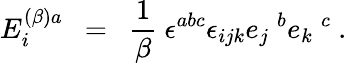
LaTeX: E_{i}^{(\beta)a}~~=~~\frac{1}{\beta}~\epsilon^{abc}\epsilon_{ijk}e_{j}~^{b}e_{k}~^{c}~.